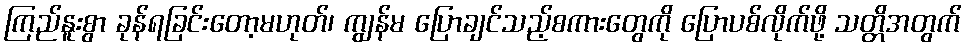
ကြည်နူးစွာ ခုန်ရခြင်းတော့မဟုတ်၊ ကျွန်မ ပြောချင်သည့်စကားတွေကို ပြောပစ်လိုက်ဖို့ သတ္တိအတွက်